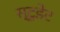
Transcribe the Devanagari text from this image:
स्टु़डेंट